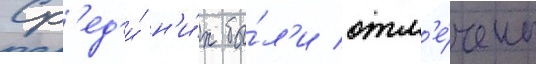
Ср'ед'и́ н'и́х бы́л'и отм'е́чены